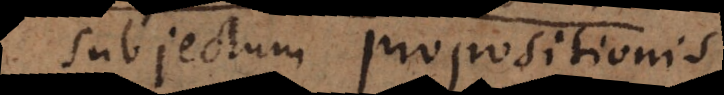
ubjectum propositionis,